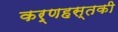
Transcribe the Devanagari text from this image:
कर्णहस्तकी